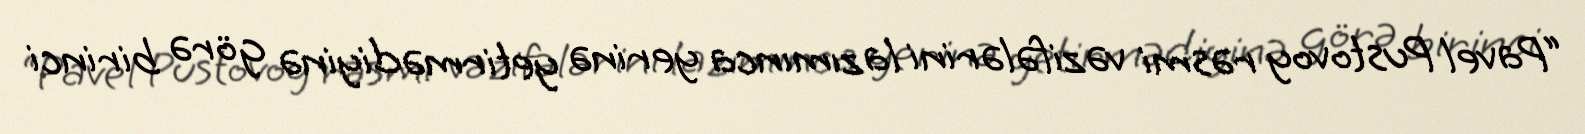
“Pavel Pustovoy rəsmi vəzifələrini lazımınca yerinə yetirmədiyinə görə birinci